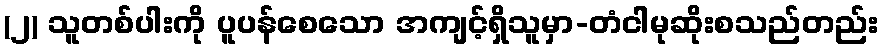
(၂) သူတစ်ပါးကို ပူပန်စေသော အကျင့်ရှိသူမှာ-တံငါမုဆိုးစသည်တည်း